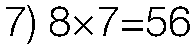
7) 8×7=56